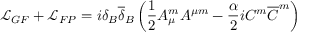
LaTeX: { \mathcal L } _ { G F } + { \mathcal L } _ { F P } = i \delta _ { B } { \overline { { { \delta } } } } _ { B } \left( \frac { 1 } { 2 } A _ { \mu } ^ { m } A ^ { \mu m } - \frac { \alpha } { 2 } i C ^ { m } { \overline { { { C } } } } ^ { m } \right)